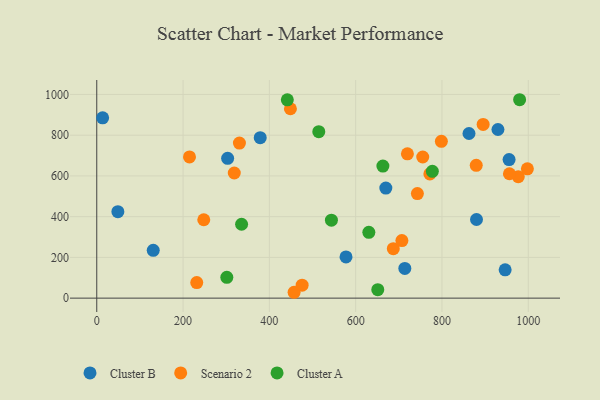
{"axis": {"x": "Experience", "y": "Exam Score"}, "legend": ["Cluster A", "Cluster B", "Scenario 2"], "data": [{"x": "669.9", "y": 540.3, "type": "Cluster B"}, {"x": "955.5", "y": 680.3, "type": "Cluster B"}, {"x": "946.4", "y": 138.9, "type": "Cluster B"}, {"x": "862.6", "y": 808.4, "type": "Cluster B"}, {"x": "713.9", "y": 146.0, "type": "Cluster B"}, {"x": "130.9", "y": 234.8, "type": "Cluster B"}, {"x": "48.9", "y": 424.7, "type": "Cluster B"}, {"x": "577.6", "y": 202.2, "type": "Cluster B"}, {"x": "378.8", "y": 787.7, "type": "Cluster B"}, {"x": "13.6", "y": 885.2, "type": "Cluster B"}, {"x": "303.3", "y": 686.2, "type": "Cluster B"}, {"x": "929.7", "y": 828.0, "type": "Cluster B"}, {"x": "880.0", "y": 386.0, "type": "Cluster B"}, {"x": "976.8", "y": 596.2, "type": "Scenario 2"}, {"x": "895.4", "y": 852.9, "type": "Scenario 2"}, {"x": "771.9", "y": 609.7, "type": "Scenario 2"}, {"x": "318.7", "y": 614.3, "type": "Scenario 2"}, {"x": "798.6", "y": 770.1, "type": "Scenario 2"}, {"x": "997.9", "y": 634.8, "type": "Scenario 2"}, {"x": "743.0", "y": 513.6, "type": "Scenario 2"}, {"x": "448.8", "y": 929.8, "type": "Scenario 2"}, {"x": "879.4", "y": 651.9, "type": "Scenario 2"}, {"x": "231.7", "y": 76.2, "type": "Scenario 2"}, {"x": "330.6", "y": 761.3, "type": "Scenario 2"}, {"x": "687.2", "y": 242.9, "type": "Scenario 2"}, {"x": "214.9", "y": 693.1, "type": "Scenario 2"}, {"x": "755.4", "y": 692.9, "type": "Scenario 2"}, {"x": "457.3", "y": 28.8, "type": "Scenario 2"}, {"x": "719.9", "y": 708.5, "type": "Scenario 2"}, {"x": "475.9", "y": 63.8, "type": "Scenario 2"}, {"x": "248.0", "y": 384.9, "type": "Scenario 2"}, {"x": "956.3", "y": 610.6, "type": "Scenario 2"}, {"x": "707.1", "y": 282.4, "type": "Scenario 2"}, {"x": "441.6", "y": 973.7, "type": "Cluster A"}, {"x": "979.9", "y": 974.1, "type": "Cluster A"}, {"x": "514.5", "y": 817.2, "type": "Cluster A"}, {"x": "651.2", "y": 41.4, "type": "Cluster A"}, {"x": "543.8", "y": 382.8, "type": "Cluster A"}, {"x": "335.6", "y": 362.7, "type": "Cluster A"}, {"x": "663.1", "y": 648.5, "type": "Cluster A"}, {"x": "630.5", "y": 323.0, "type": "Cluster A"}, {"x": "777.7", "y": 622.5, "type": "Cluster A"}, {"x": "301.4", "y": 102.2, "type": "Cluster A"}]}